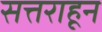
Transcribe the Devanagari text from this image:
सत्तराहून